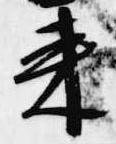
来